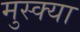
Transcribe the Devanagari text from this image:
मुस्क्या